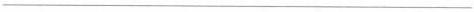
___